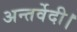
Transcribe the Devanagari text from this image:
अन्तर्वेदी।